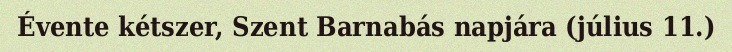
Évente kétszer, Szent Barnabás napjára (július 11.)